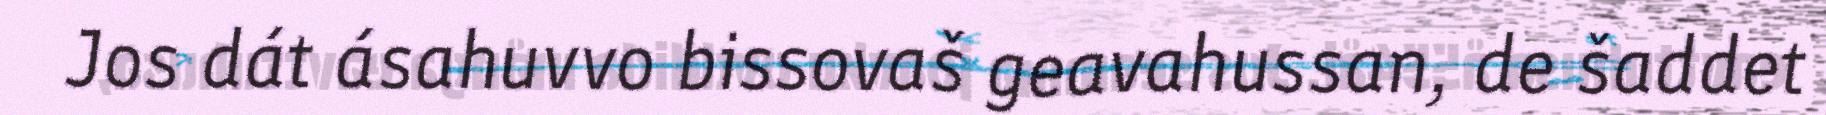
Jos dát ásahuvvo bissovaš geavahussan, de šaddet